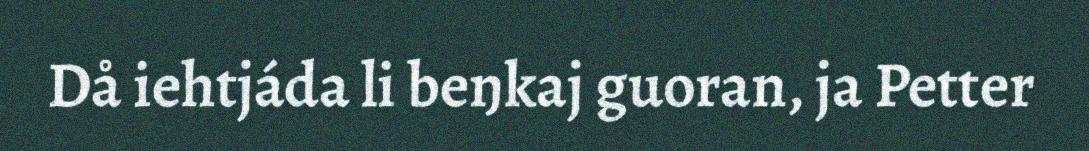
Då iehtjáda li beŋkaj guoran, ja Petter